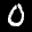
Digit: 0